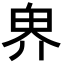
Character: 𪽐